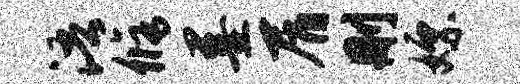
浯修墨屑删嫖